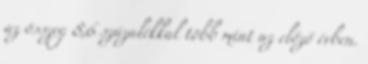
az összeg 8,6 százalékkal több mint az előző évben.